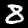
Digit: 8